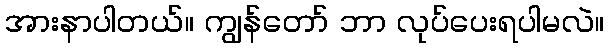
အားနာပါတယ်။ ကျွန်တော် ဘာ လုပ်ပေးရပါမလဲ။